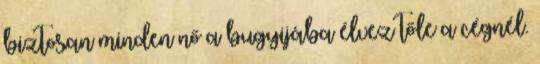
biztosan minden nő a bugyijába élvez tőle a cégnél.